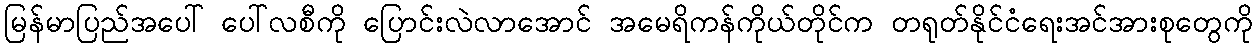
မြန်မာပြည်အပေါ် ပေါ်လစီကို ပြောင်းလဲလာအောင် အမေရိကန်ကိုယ်တိုင်က တရုတ်နိုင်ငံရေးအင်အားစုတွေကို